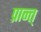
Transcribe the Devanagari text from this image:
प्रान्त्